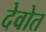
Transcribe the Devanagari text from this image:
देवोत